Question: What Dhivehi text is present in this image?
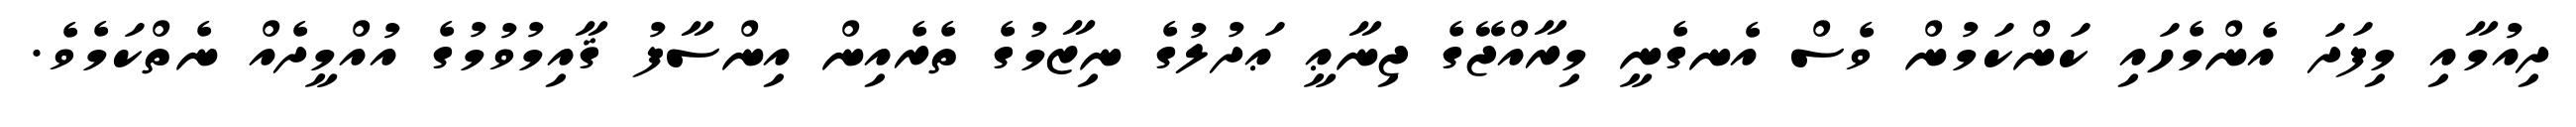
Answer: ދިއުމާއި މިފަދަ އެންމެހައި ކަންކަމުން ވެސް އެނގެނީ މިރާއްޖޭގެ ޖިނާޢީ ޢަދުލުގެ ނިޒާމުގެ ތެރެއިން އިންސާފު ޤާއިމުވުމުގެ އުއްމީދެއް ނެތްކަމެވެ.